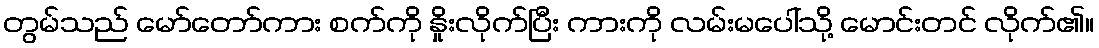
တွမ်သည် မော်တော်ကား စက်ကို နှိုးလိုက်ပြီး ကားကို လမ်းမပေါ်သို့ မောင်းတင် လိုက်၏။